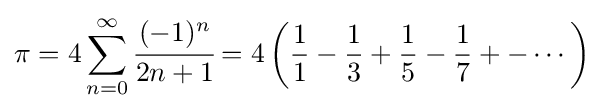
\pi =4\sum _{n=0}^{\infty }{\cfrac {(-1)^{n}}{2n+1}}=4\left({\frac {1}{1}}-{\frac {1}{3}}+{\frac {1}{5}}-{\frac {1}{7}}+-\cdots \right)